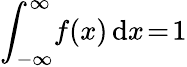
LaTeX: \int_{-\infty}^{\infty}\! f(x)\, \mathrm{d}x\! =\! 1